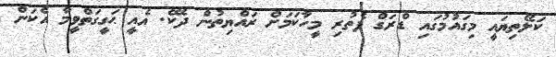
ކަލޭތިޔައީ މިގައުމުގައި ޑްރަގް ފެތުރި މީހާކަމަށް ރައްޔިތުން ދެކޭ. އެއީ ޙަގީގަތްވީމާ އެކަން